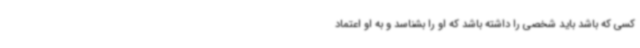
کسی که باشد باید شخصی را داشته باشد که او را بشناسد و به او اعتماد